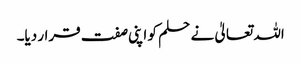
اللہ تعالیٰ نے حلم کو اپنی صفت قرار دیا۔